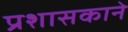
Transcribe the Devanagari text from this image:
प्रशासकाने